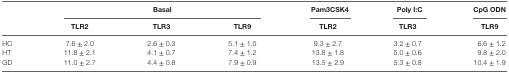
<table><thead><tr><td></td><td colspan="3"><b>Basal</b></td><td><b>Pam3CSK4</b></td><td><b>Poly I:C</b></td><td><b>CpG ODN</b></td></tr><tr><td></td><td><b>TLR2</b></td><td><b>TLR3</b></td><td><b>TLR9</b></td><td><b>TLR2</b></td><td><b>TLR3</b></td><td><b>TLR9</b></td></tr></thead><tbody><tr><td>HC</td><td>7.6 ± 2.0</td><td>2.6 ± 0.3</td><td>5.1 ± 1.0</td><td>9.3 ± 2.7</td><td>3.2 ± 0.7</td><td>6.6 ± 1.2</td></tr><tr><td>HT</td><td>11.8 ± 2.1</td><td>4.1 ± 0.7</td><td>7.4 ± 1.2</td><td>13.8 ± 1.8</td><td>5.0 ± 0.6</td><td>9.8 ± 2.0</td></tr><tr><td>GD</td><td>11.0 ± 2.7</td><td>4.4 ± 0.8</td><td>7.9 ± 0.9</td><td>13.5 ± 2.9</td><td>5.3 ± 0.8</td><td>10.4 ± 1.9</td></tr></tbody></table>